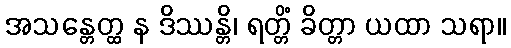
အသန္တေတ္ထ န ဒိဿန္တိ၊ ရတ္တိံ ခိတ္တာ ယထာ သရာ။